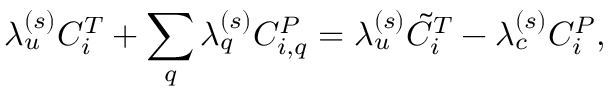
\lambda _ { u } ^ { ( s ) } C _ { i } ^ { T } + \sum _ { q } \lambda _ { q } ^ { ( s ) } C _ { i , q } ^ { P } = \lambda _ { u } ^ { ( s ) } \tilde { C } _ { i } ^ { T } - \lambda _ { c } ^ { ( s ) } C _ { i } ^ { P } ,